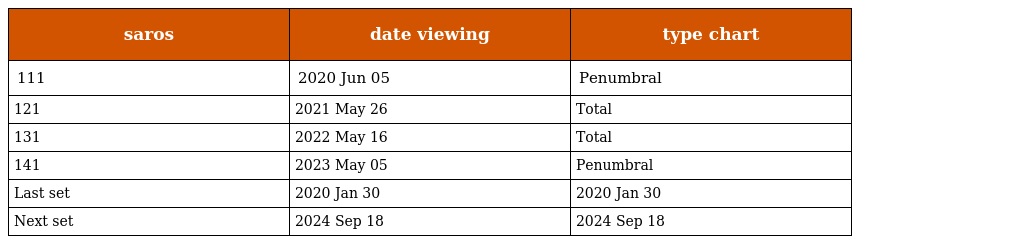
| saros | date viewing | type chart |
 | --- | --- | --- |
 | 111 | 2020 Jun 05 | Penumbral |
 | 121 | 2021 May 26 | Total |
 | 131 | 2022 May 16 | Total |
 | 141 | 2023 May 05 | Penumbral |
 | Last set | 2020 Jan 30 | 2020 Jan 30 |
 | Next set | 2024 Sep 18 | 2024 Sep 18 |